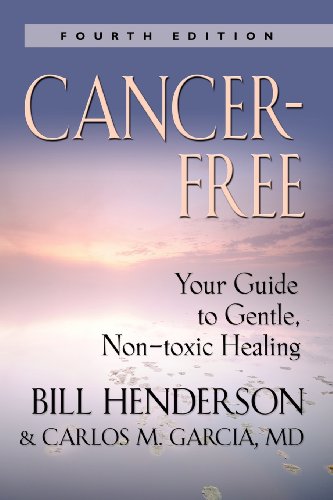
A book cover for Cancer-Free: Your Guide to Gentle, Non-toxic Healing; Bill Henderson; Cookbooks, Food & Wine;